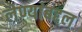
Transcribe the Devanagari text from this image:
लेण्यांबद्दल